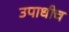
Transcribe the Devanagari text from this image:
उपाधीच